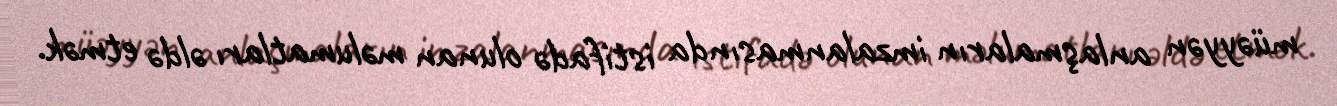
müəyyən anlaşmaların imzalanmasında istifadə olunan məlumatları əldə etmək.